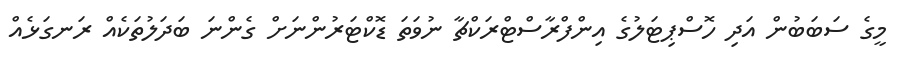
މީގެ ސަބަބުން އަދި ހޮސްޕިޓަލުގެ އިންްފްރާސްޓްރަކްޗާ ނުވަތަ ޑޮކްޓަރުންނަށް ގެންނަ ބަދަލުތަކެއް ރަނގަޅެއް